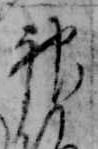
神